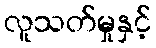
လူသတ်မှုနှင့်